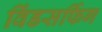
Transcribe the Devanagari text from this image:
विंडसर्फिग